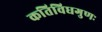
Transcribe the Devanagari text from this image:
कतिविधगुणः